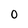
Character: 0